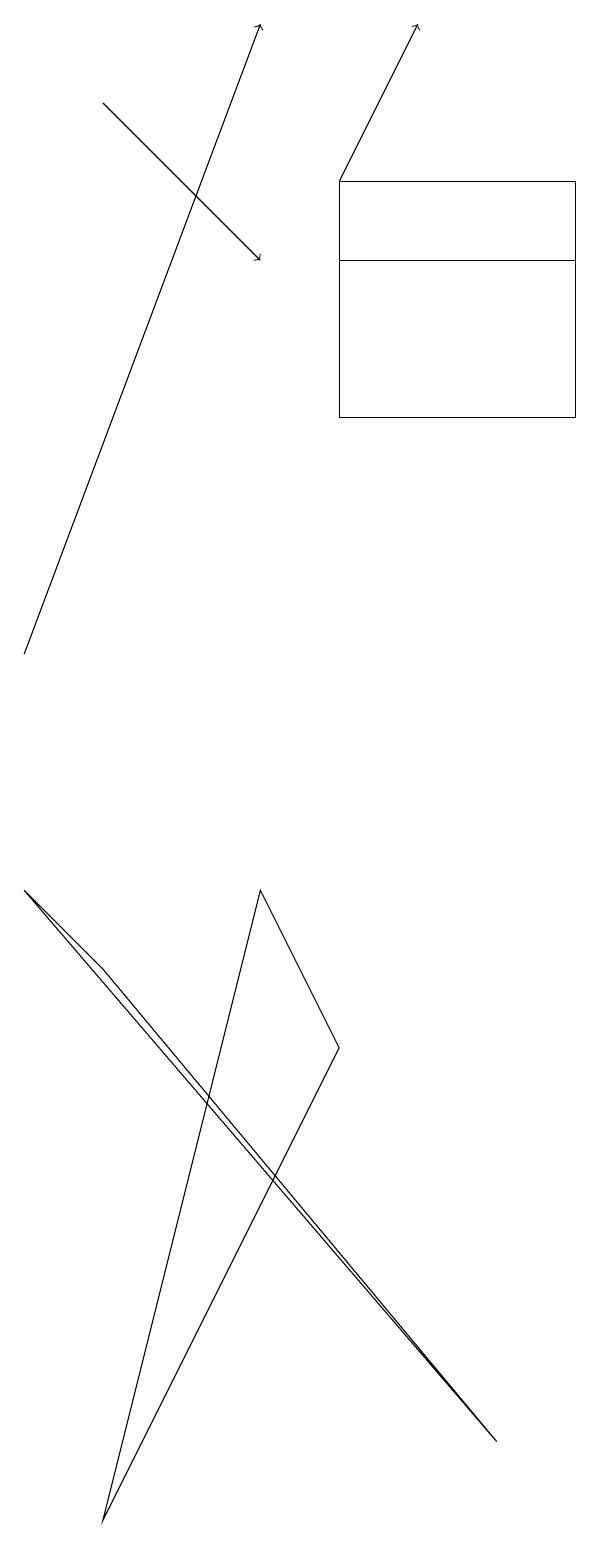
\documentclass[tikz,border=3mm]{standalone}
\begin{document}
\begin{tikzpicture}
\draw (5,17) rectangle (8,16);
\draw[->] (5,17) -- (6,19);
\draw[->] (2,18) -- (4,16);
\draw (8,16) rectangle (5,14);
\draw (7,1) -- (2,7) -- (1,8) -- cycle;
\draw[->] (1,11) -- (4,19);
\draw (2,0) -- (4,8) -- (5,6) -- cycle;
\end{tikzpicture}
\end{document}